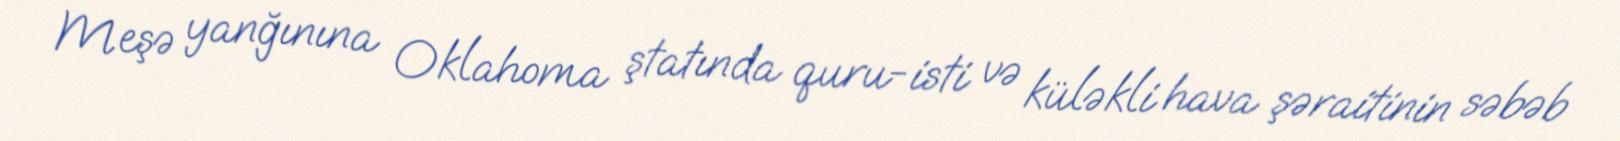
Meşə yanğınına Oklahoma ştatında quru-isti və küləkli hava şəraitinin səbəb